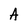
Character: A